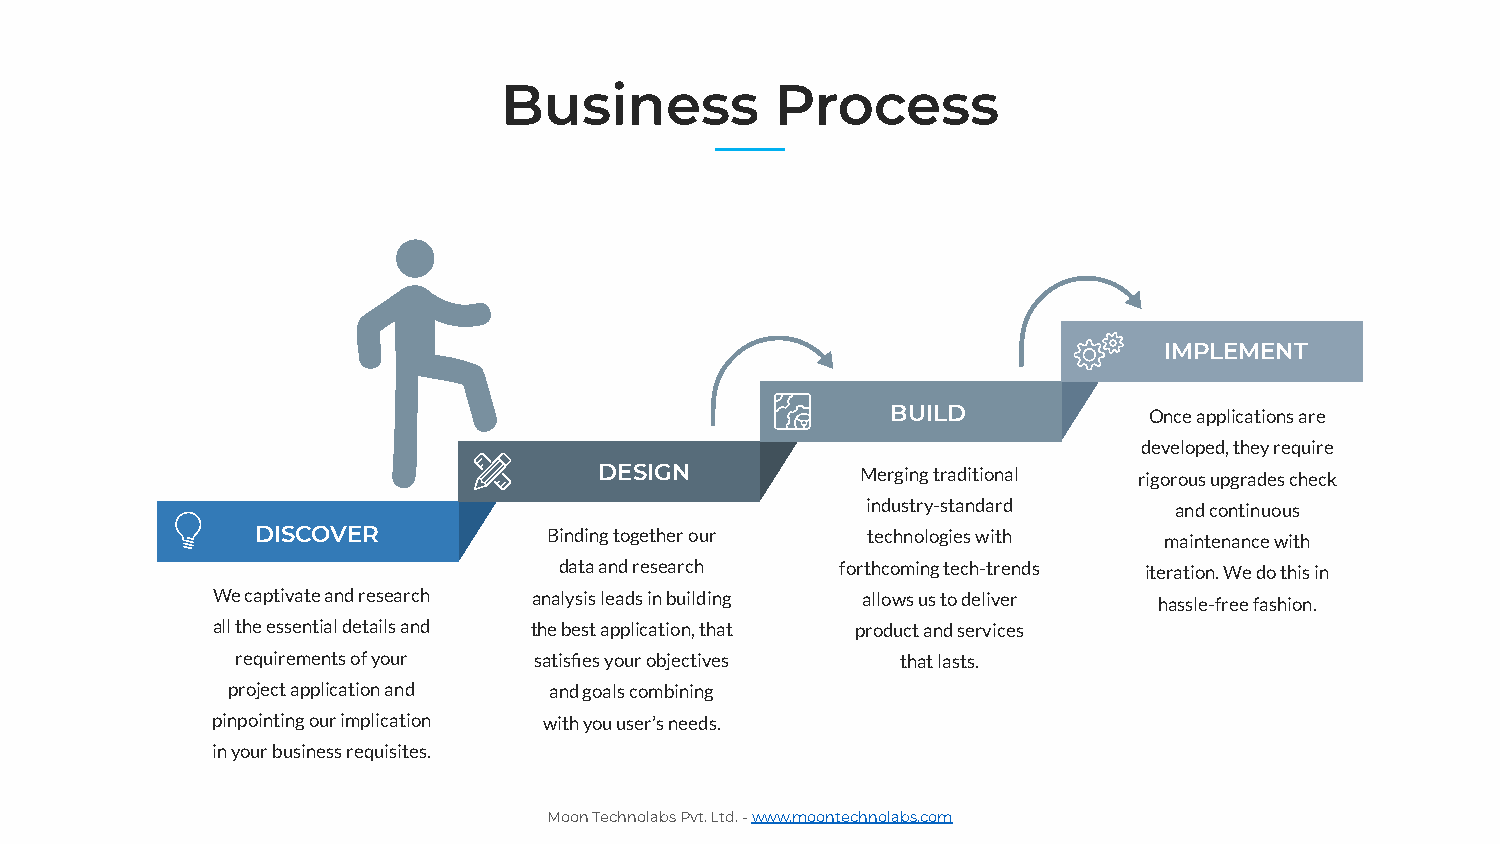
Business          Process
 IMPLEMENT
 BUILD            Once applications are
 developed, they require
 DESIGN           Merging traditional rigorous upgrades check
 industry-standard    and continuous
 DISCOVER           Binding together our technologies with   maintenance with
 data and research  forthcoming tech-trends iteration. We do this in
 We captivate and research analysis leads in building allows us to deliver hassle-free fashion.
 all the essential details and the best application, that product and services
 requirements of your satisfies your objectives that lasts.
 project application and and goals combining
 pinpointing our implication with you user’s needs.
 in your business requisites.
 Moon Technolabs Pvt. Ltd. - www.moontechnolabs.com